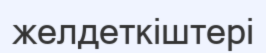
желдеткіштері